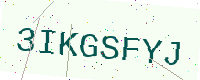
Text: 3IKGSFYJ